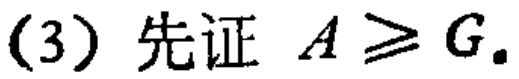
(3) 先证 \(A\geq G.\)